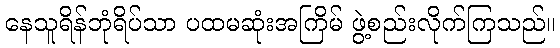
နေသူရိန်ဘုံရိပ်သာ ပထမဆုံးအကြိမ် ဖွဲ့စည်းလိုက်ကြသည်။